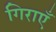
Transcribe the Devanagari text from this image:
गिराएँ